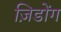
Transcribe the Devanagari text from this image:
ज़िडोंग